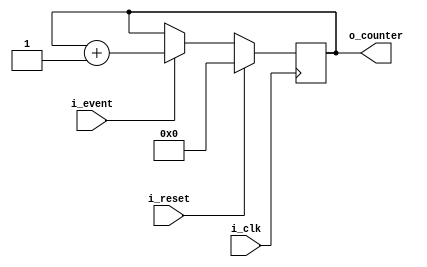
module counter(
    input wire i_clk,
    input wire i_event,
    input wire i_reset,
    output reg [31:0] o_counter
);
    initial o_counter = 0;
    always @(posedge i_clk)
    if (i_reset)
        o_counter <= 0;
    else if (i_event)
        o_counter <= o_counter + 1'b1;
endmodule